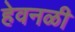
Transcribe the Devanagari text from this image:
हेवनळी